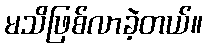
မသိဖြစ်လာခဲ့တယ်။